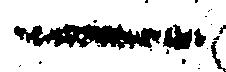
一